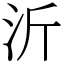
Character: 沂